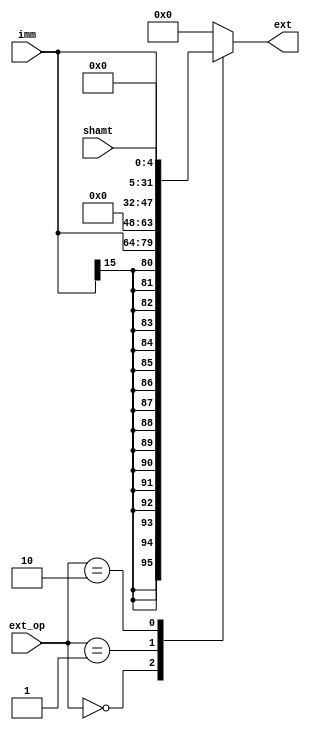
module EXT (
    input [2:0] ext_op,

    input [15:0] imm,
    input [ 4:0] shamt,

    output reg [31:0] ext
);
    always @(*) begin
        case (ext_op)
            3'd0: ext = {{16{imm[15]}}, imm};  //sign_ext imm
            3'd1: ext = {{16{1'b0}}, imm};  //zero_ext imm
            3'd2: ext = {{27{1'b0}}, shamt};  //zero_ext shamt
            default: ext = 0;  //0
        endcase
    end
endmodule